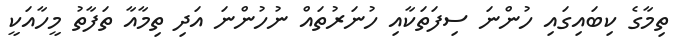
ތިމާގެ ކިބައިގައި ހުންނަ ސިފަތަކާއި ހުނަރުތައް ނުހުންނަ އަދި ތިމާއާ ތަފާތު މީހާއަކީ